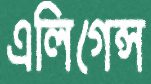
এলিগেন্স